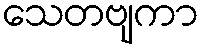
သေတဗျကာ